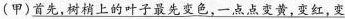
(甲)首先，树梢上的叶子最先变色，一点点变黄，变红，变